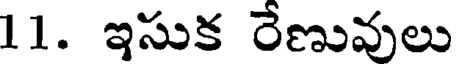
11. ఇసుక రేణువులు